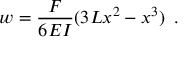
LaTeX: w = { \frac { F } { 6 E I } } ( 3 L x ^ { 2 } - x ^ { 3 } ) \, ~ .